Annual report on vaccination in Mysore, 1878-1879 - 1878-1879
Year: 1878
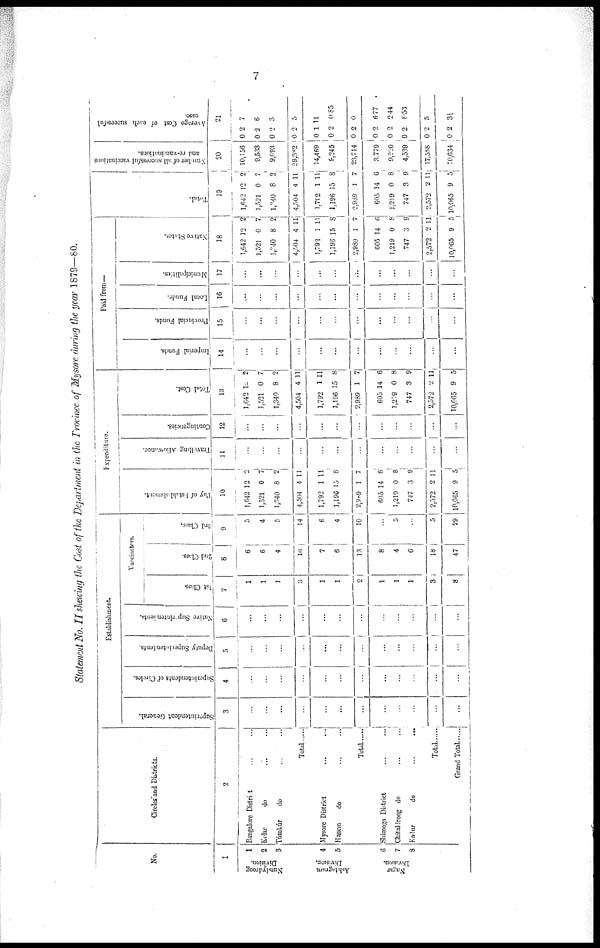
7
Statement No. II shewing the Cost of the Department in the Province of Mysore during the year 1879—80.
No.
1
Nundydroog
Division.
Ashtagram
Division.
Nagar
Division.
1
2
3
4
5
6
7
8
Circles and Districts.
2
Bangalore District ... ...
Kolar
do ... ...
Túmkúr
do
... ...
Total ......
Mysore District ... ...
Hassan
do ... ...
Total ......
Shimoga District ... ...
Chitaldroog do ... ...
Kadur
do
...
...
Tota1
Grand Total ......
Establishment.
Superintendent General.
3
...
...
...
...
...
...
...
...
...
...
...
...
Superintendents of Circles.
4
...
...
...
...
...
...
...
...
...
...
...
...
Deputy Superintendents.
5
...
...
...
...
...
...
...
...
...
...
...
...
Native Suprintendents.
6
...
...
...
...
...
...
...
...
...
...
...
...
Vaccinators.
1st Class.
7
1
1
1
3
1
1
2
1
1
1
3
8
2nd Class.
8
6
6
4
16
7
6
13
8
4
6
18
47
3rd Class.
9
5
4
5
14
6
4
10
...
5
...
5
29
Expenditure.
By of Establishment.
10
1,642
1,521
1,340
4,504
1,792
1,196
2,989
605
1,219
747
2,572
10,065
12
0
8
4
1
15
1
14
0
3
2
9
2
7
2
11
11
8
7
6
8
9
11
5
Travelling Allowance.
11
...
...
...
...
...
...
...
...
...
...
...
...
Contingencies.
12
...
...
...
...
...
...
...
...
...
...
...
...
Total Cost.
13
1,642
1,521
1,340
4,504
1,792
1,196
2,989
605
1,219
747
2,572
10,065
12
0
8
4
1
15
1
14
0
3
2
9
2
7
0
11
11
8
7
6
8
9
11
5
Paid from—
Imperial Funds.
14
...
...
...
...
...
...
...
...
...
...
...
...
Provincial Funds.
15
...
...
...
...
...
...
...
...
...
...
...
...
Local Funds.
16
...
...
...
...
...
...
...
...
...
...
...
...
Municipalities.
17
...
...
...
...
...
...
...
...
...
...
...
...
Native States.
18
1,642
1,521
1,340
4,504
1,792
1,196
2,989
605
1,219
747
2,572
10,065
12
0
8
4
1
15
1
14
0
3
2
9
2
7
2
11
11
8
7
6
8
9
11
5
Total.
19
1,642
1,521
1,340
4,504
1,792
1,196
2,989
605
1,219
747
2,572
10,065
12
0
8
4
1
15
1
14
0
3
2
9
2
7
2
11
11
8
7
6
8
9
11
5
Number of all successful vaccinations
and re-vaccinations.
20
10,156
9,533
9,693
29,382
14,469
9,246
23,714
3,779
9,220
4,539
17,538
70,634
Average Cost of each successful
case.
21
0
0
0
0
0
0
0
0
0
0
0
0
2
2
2
2
1
2
2
2
0
2
2
2
7
6
3
5
11
0.85
0
6.77
2.44
8.53
5
3½